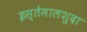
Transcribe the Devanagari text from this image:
इस्तेमालशुदा